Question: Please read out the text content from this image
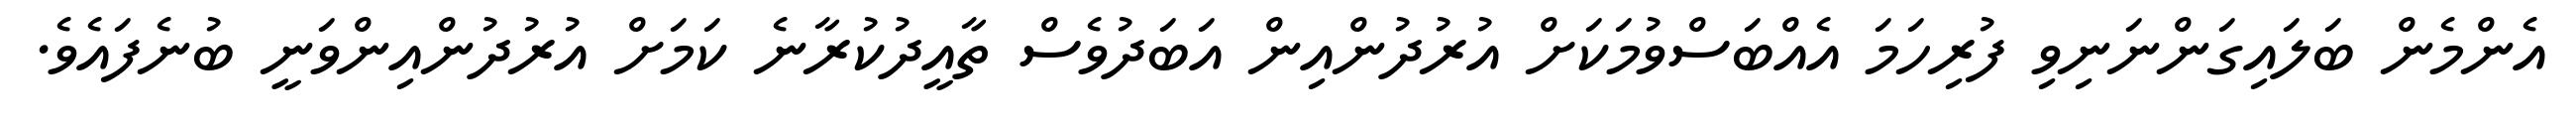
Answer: އެންމެން ބަލައިގަންނަނިވި ފުރިހަމަ އެއްބަސްވުމަކަށް އުރުދުންއިން އަބަދުވެސް ތާއީދުކުރާނެ ކަމަށް އުރުދުންއިންވަނީ ބުނެފައެވެ.